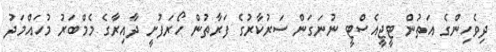
ދިވެހިންގެ އަތުން ޓީޖީއެސްޓީ ނުނަގަން ސަރުކާރުގެ ފަރާތުން ހޯރަފުށީ ދާއިރާގެ މެމްބަރު މުހައްމަދު